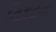
નિકટના